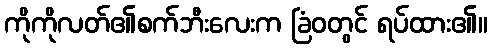
ကိုကိုလတ်၏စက်ဘီးလေးက ခြံဝတွင် ရပ်ထား၏။